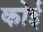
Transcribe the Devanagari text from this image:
कोई